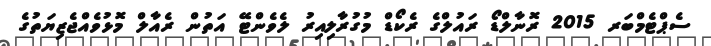
ސެޕްޓެމްބަރ 2015 ރޮނާލްޑޯ ރައުލްގެ ރެކޯޑް މުގުރާލިއިރު ލެވެންޓޭ އަތުން ރެއާލް މޮޅުވެއްޖެޒިޔަތުގެ